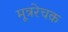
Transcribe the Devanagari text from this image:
मूत्ररेचक